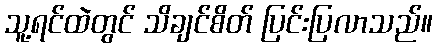
သူ့ရင်ထဲတွင် သိချင်စိတ် ပြင်းပြလာသည်။